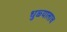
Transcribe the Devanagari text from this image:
धुळ्यालाच